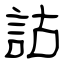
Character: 詁